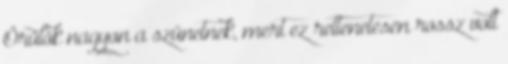
Örülök nagyon a szünetnek, mert ez rettenetesen rossz volt